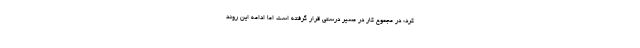
کرد: در مجموع کار در مسیر درستی قرار گرفته است اما ادامه این روند